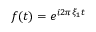
f ( t ) = e ^ { i 2 \pi \xi _ { 1 } t }